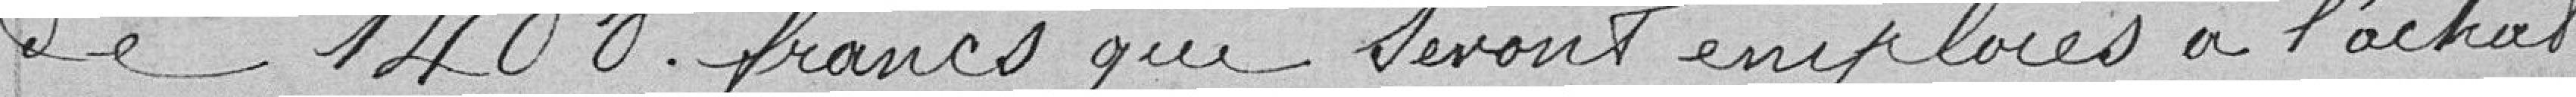
de 1400 francs qui seront employées à l'achat